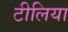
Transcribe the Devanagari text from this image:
टीलिया